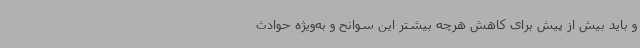
و باید بیش از پیش برای کاهش هرچه بیشتر این سوانح و به‌ویژه حوادث